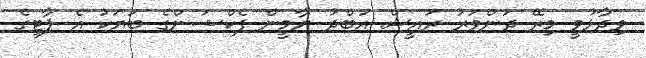
ވިދާޅުވީ މިރޭ ދަންވަރު ރައީސް އަބްދު ޔާމީން ފެކްޝަންގެ ބަޔަކު އެ ޕާޓީގެ